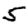
Digit: 5